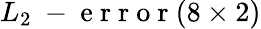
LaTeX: L_{2}\mathrm{~-~e~r~r~o~r~}(8\times 2)